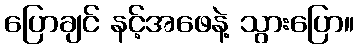
ပြောချင် နင့်အဖေနဲ့ သွားပြော။